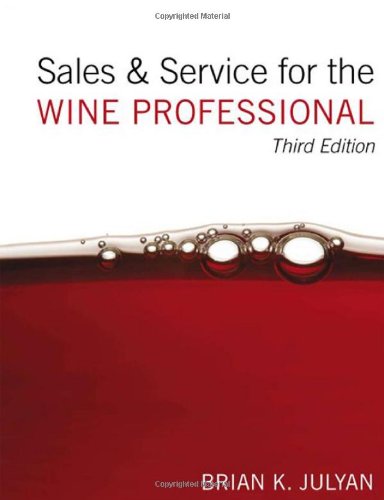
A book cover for Sales and Service for the Wine Professional; Brian K. Julyan; Business & Money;